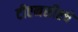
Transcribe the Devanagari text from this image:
टीएनसीएचे